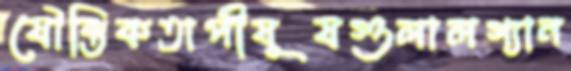
যৌক্তিকতাপীষূষগুলালগ্যান